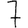
Digit: 7